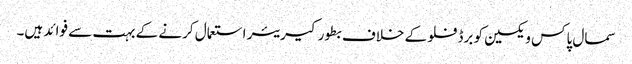
سمال پاکس ویکسین کو برڈ فلو کے خلاف بطور کیریئر استعمال کرنے کے بہت سے فوائد ہیں۔